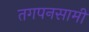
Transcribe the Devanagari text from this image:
तगपनसामी